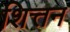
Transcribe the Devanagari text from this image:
शित्तन